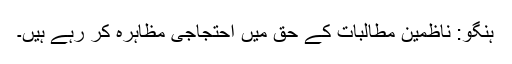
ہنگو: ناظمین مطالبات کے حق میں احتجاجی مظاہرہ کر رہے ہیں۔